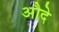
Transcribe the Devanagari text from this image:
औदे